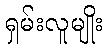
ရှမ်းလူမျိုး